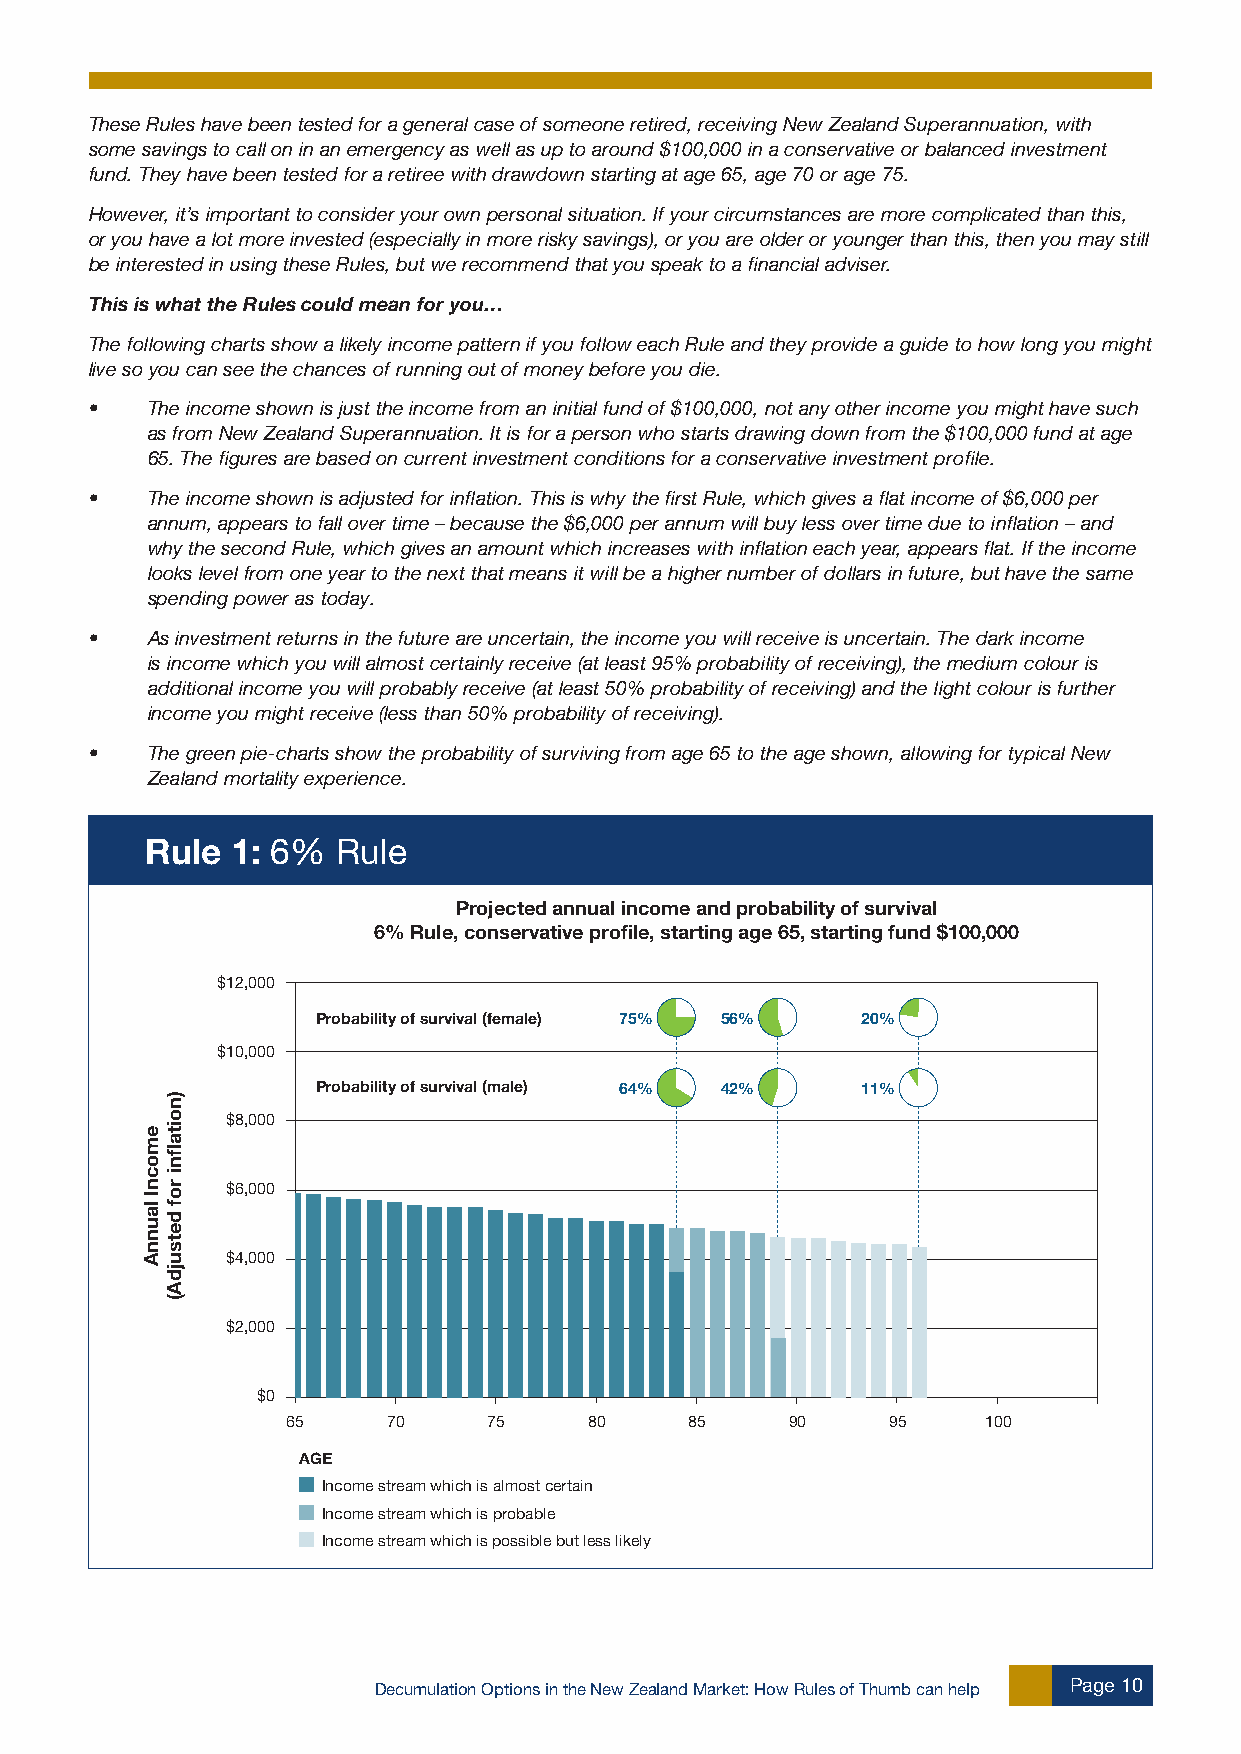
These Rules have been tested for a general case of someone retired, receiving New Zealand Superannuation, with
 some savings to call on in an emergency as well as up to around $100,000 in a conservative or balanced investment
 fund. They have been tested for a retiree with drawdown starting at age 65, age 70 or age 75.
 However, it’s important to consider your own personal situation. If your circumstances are more complicated than this,
 or you have a lot more invested (especially in more risky savings), or you are older or younger than this, then you may still
 be interested in using these Rules, but we recommend that you speak to a financial adviser.
 This is what the Rules could mean for you…
 The following charts show a likely income pattern if you follow each Rule and they provide a guide to how long you might
 live so you can see the chances of running out of money before you die.
 •   The income shown is just the income from an initial fund of $100,000, not any other income you might have such
 as from New Zealand Superannuation. It is for a person who starts drawing down from the $100,000 fund at age
 65. The figures are based on current investment conditions for a conservative investment profile.
 •   The income shown is adjusted for inflation. This is why the first Rule, which gives a flat income of $6,000 per
 annum, appears to fall over time – because the $6,000 per annum will buy less over time due to inflation – and
 why the second Rule, which gives an amount which increases with inflation each year, appears flat. If the income
 looks level from one year to the next that means it will be a higher number of dollars in future, but have the same
 spending power as today.
 •   As investment returns in the future are uncertain, the income you will receive is uncertain. The dark income
 is income which you will almost certainly receive (at least 95% probability of receiving), the medium colour is
 additional income you will probably receive (at least 50% probability of receiving) and the light colour is further
 income you might receive (less than 50% probability of receiving).
 •   The green pie-charts show the probability of surviving from age 65 to the age shown, allowing for typical New
 Zealand mortality experience.
 Rule 1: 6%  Rule
 Projected annual income and probability of survival
 6% Rule, conservative profile, starting age 65, starting fund $100,000
 $12,000
 Probability of survival (female) 75% 56% 20%
 $10,000
 Probability of survival (male) 64% 42% 11%
 $8,000
 $6,000
 $4,000
 $2,000
 $0
 65     70    75     80     85    90     95    100
 AGE
 Income stream which is almost certain
 Income stream which is probable
 Income stream which is possible but less likely
 Decumulation Options in the New Zealand Market: How Rules of Thumb can help Page 10
 emocnI
 launnA
 )noitaflni
 rof
 detsujdA(